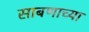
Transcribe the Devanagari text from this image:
साबणाच्या